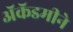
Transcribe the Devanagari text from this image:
ॲकॅडमीने